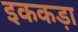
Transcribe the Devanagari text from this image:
इककड़ा